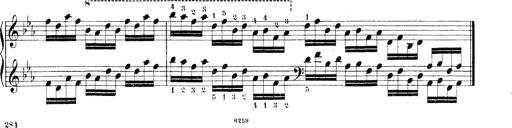
Title: Technische Studien
Composer: Franz Liszt